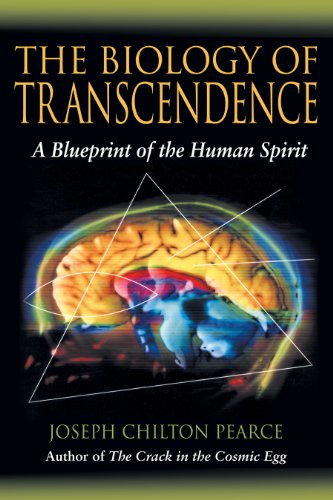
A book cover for The Biology of Transcendence: A Blueprint of the Human Spirit; Joseph Chilton Pearce; Science & Math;